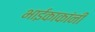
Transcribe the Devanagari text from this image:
भाईकाकांनी